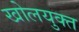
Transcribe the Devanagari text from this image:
खोलयुक्त